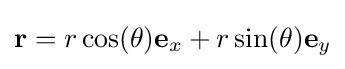
\mathbf {r} =r\cos(\theta )\mathbf {e} _{x}+r\sin(\theta )\mathbf {e} _{y}